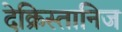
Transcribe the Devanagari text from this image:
देक्रिस्तानिज